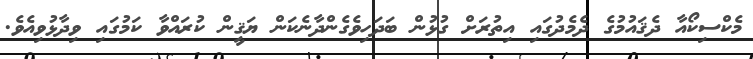
މެކްސިކޯއާ ދެޤައުމުގެ ދެމެދުގައި އިތުރަށް ގުޅުން ބަދަހިވެގެންދާނެކަން ޔަޤީން ކުރައްވާ ކަމުގައި ވިދާޅުވިއެވެ.